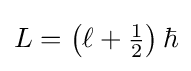
L=\left(\ell +{\tfrac {1}{2}}\right)\hbar